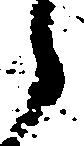
之